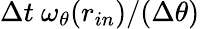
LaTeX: \Delta t\ \omega_{\theta}(r_{in})/(\Delta\theta)